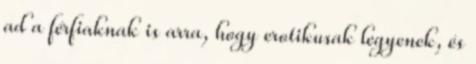
ad a férfiaknak is arra, hogy erotikusak legyenek, és